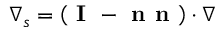
\nabla _ { s } = \left( \textbf { I } - \textbf { n n } \right) \cdot \nabla